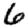
Digit: 6